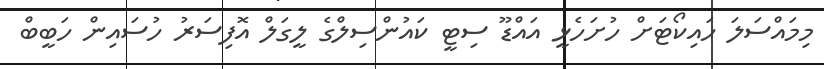
މިމައްސަލަ ހައިކޯޓަށް ހުށަހެޅީ އައްޑޫ ސިޓީ ކައުންސިލްގެ ލީގަލް އޮފިސަރު ހުސައިން ހަބީބް